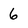
Character: 6